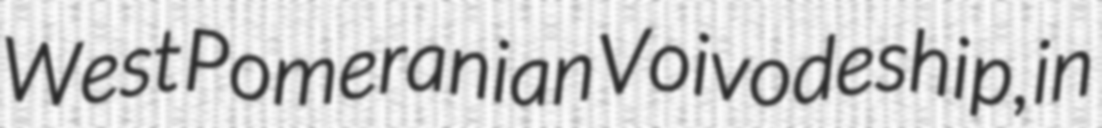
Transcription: West Pomeranian Voivodeship, in